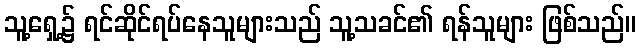
သူ့ရှေ့၌ ရင်ဆိုင်ရပ်နေသူများသည် သူ့သခင်၏ ရန်သူများ ဖြစ်သည်။